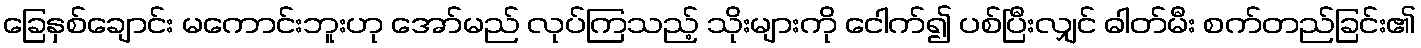
ခြေနှစ်ချောင်း မကောင်းဘူးဟု အော်မည် လုပ်ကြသည့် သိုးများကို ငေါက်၍ ပစ်ပြီးလျှင် ဓါတ်မီး စက်တည်ခြင်း၏